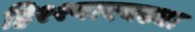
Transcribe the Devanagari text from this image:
हिश्श्याएवढ्या